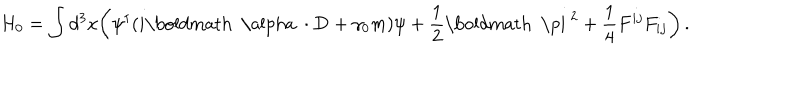
LaTeX: H _ { 0 } = \int d ^ { 3 } x \biggl ( \psi ^ { \dagger } ( i \mathrm { \boldmath ~ \ a l p h a ~ } \cdot { \bf D } + \gamma _ { 0 } m ) \psi + { \frac { 1 } { 2 } } \mathrm { \boldmath ~ \ p i ~ } ^ { 2 } + { \frac { 1 } { 4 } } F ^ { i j } F _ { i j } \biggr ) \, .